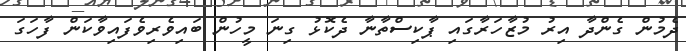
ދެމުން ގެންދާ އިރު މުޒާހަރާގައި ޕާކިސްތާނާ ދެކޮޅު ގިނަ މީހުން ބައިވެރިވެފައިވާކަން ފާހަގަ